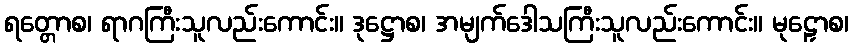
ရတ္တောစ၊ ရာဂကြီးသူလည်းကောင်း။ ဒုဋ္ဌောစ၊ အမျက်ဒေါသကြီးသူလည်းကောင်း။ မုဠှောစ၊